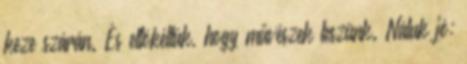
keze szárán. És eltökéltük, hogy művészek leszünk. Náluk jó: